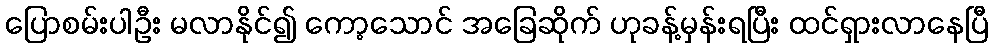
ပြောစမ်းပါဦး မလာနိုင်၍ ကော့သောင် အခြေဆိုက် ဟုခန့်မှန်းရပြီး ထင်ရှားလာနေပြီ